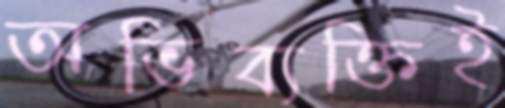
অভিব্যক্তিই